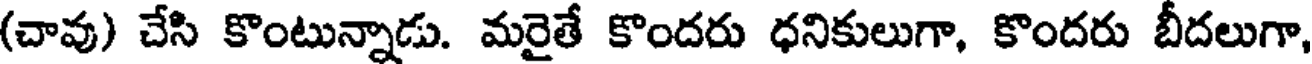
(చావు) చేసి కొంటున్నాడు. మరైతే కొందరు ధనికులుగా, కొందరు బీదలుగా,